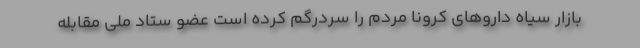
بازار سیاه داروهای کرونا مردم را سردرگم کرده است عضو ستاد ملی مقابله